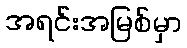
အရင်းအမြစ်မှာ